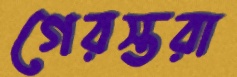
গেরস্তরা